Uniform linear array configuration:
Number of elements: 12
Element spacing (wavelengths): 0.25
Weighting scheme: hamming
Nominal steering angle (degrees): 60
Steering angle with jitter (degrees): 60.628
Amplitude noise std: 0.05
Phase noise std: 0.05

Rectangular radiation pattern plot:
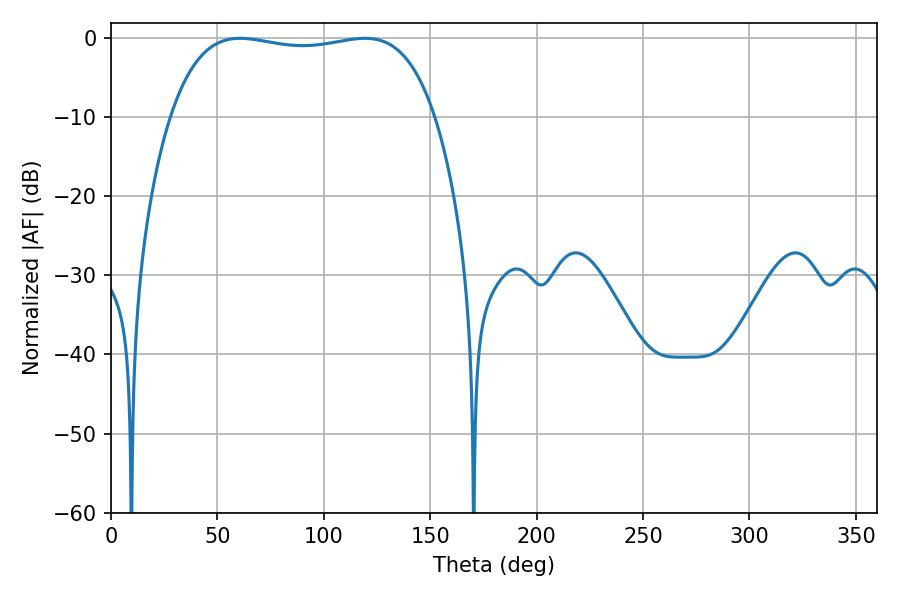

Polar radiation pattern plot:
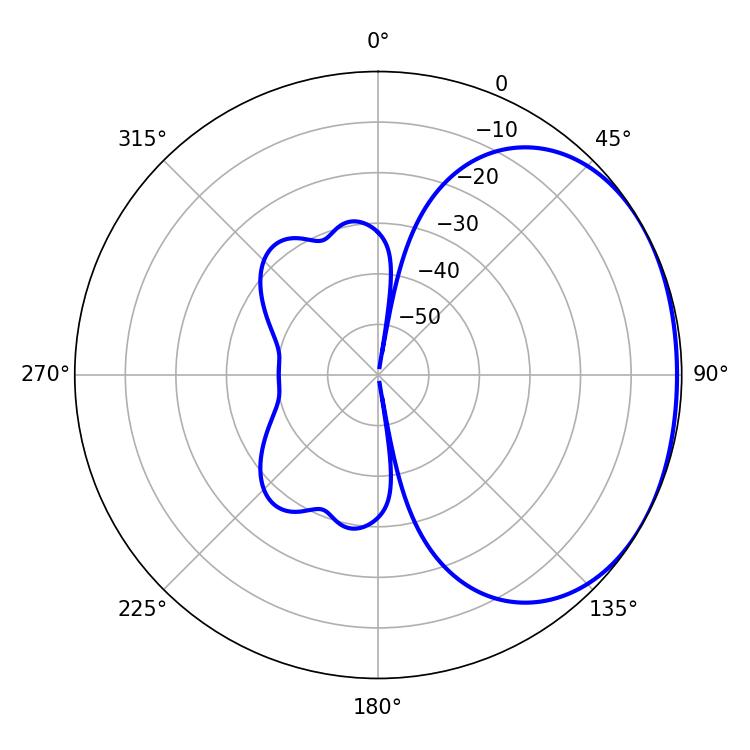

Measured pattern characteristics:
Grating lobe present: FALSE
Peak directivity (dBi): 1.509
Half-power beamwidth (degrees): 99.72
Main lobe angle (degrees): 60.66